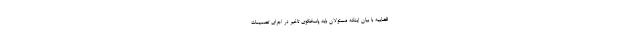
قضاییه با بیان اینکه مسئولان باید پاسخگوی تاخیر در اجرای تصمیمات